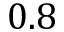
0 . 8